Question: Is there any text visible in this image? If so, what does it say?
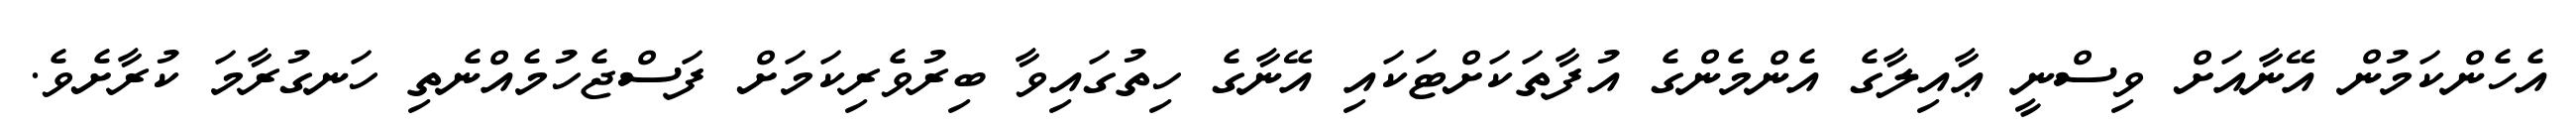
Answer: އެހެންކަމުން އޭނާއަށް ވިސްނީ ޢާއިލާގެ އެންމެންގެ އުފާތަކަށްޓަކައި އޭނާގެ ހިތުގައިވާ ބިރުވެރިކަމަށް ފަސްޖެހުމެއްނެތި ހަނގުރާމަ ކުރާށެވެ.